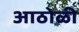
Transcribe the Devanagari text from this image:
आठोळी